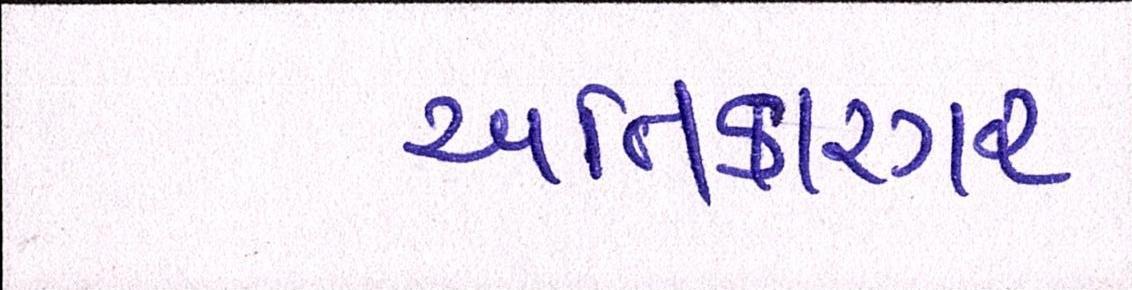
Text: અતિકારગર